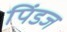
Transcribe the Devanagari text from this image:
पिंडज